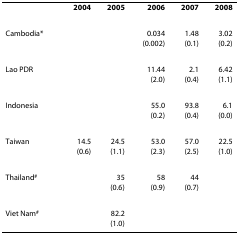
|  | 2004 | 2005 | 2006 | 2007 | 2008 |
 | --- | --- | --- | --- | --- | --- |
 | Cambodia* |  |  | 0.034(0.002) | 1.48(0.1) | 3.02(0.2) |
 | Lao PDR |  |  | 11.44(2.0) | 2.1(0.4) | 6.42(1.1) |
 | Indonesia |  |  | 55.0(0.2) | 93.8(0.4) | 6.1(0.0) |
 | Taiwan | 14.5(0.6) | 24.5(1.1) | 53.0(2.3) | 57.0(2.5) | 22.5(1.0) |
 | Thailand# |  | 35(0.6) | 58(0.9) | 44(0.7) |  |
 | Viet Nam# |  | 82.2(1.0) |  |  |  |